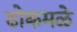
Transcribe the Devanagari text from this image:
ढोकमळे